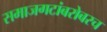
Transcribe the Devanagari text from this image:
समाजगटांबरोबरच